Indian journal of veterinary science and animal husbandry - Volumes 26-27, 1956-1957
Year: 1956
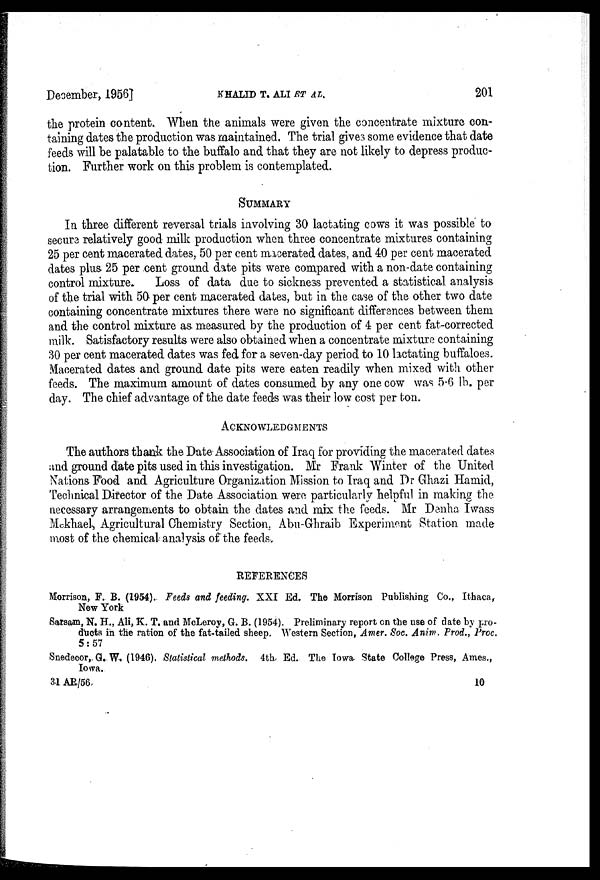
December, 1956]
KHALID
T.
ALI
ET
AL.
201
the protein content. When the animals were given the concentrate mixture con-
taining dates the production was maintained. The trial gives some evidence that date
feeds will be palatable to the buffalo and that they are not likely to depress produc-
tion. Further work on this problem is contemplated.
SUMMARY
In three different reversal trials involving 30 lactating cows it was possible to
secure relatively good milk production when three concentrate mixtures containing
25 per cent macerated dates, 50 per cent macerated dates, and 40 per cent macerated
dates plus 25 per cent ground date pits were compared with a non.date containing
control mixture. Loss of data due to sickness prevented a statistical analysis
of the trial with 50 per cent macerated dates, but in the case of the other two date
containing concentrate mixtures there were no significant differences between them
and the control mixture as measured by the production of 4 per cent fat-corrected
milk. Satisfactory results were also obtained when a concentrate mixture containing
30 per cent macerated dates was fed for a seven-day period to 10 lactating buffaloes.
Macerated dates and ground date pits were eaten readily when mixed with other
feeds. The maximum amount of dates consumed by any one cow was 5.6 lb. per
day. The chief advantage of the date feeds was their low cost per ton.
ACKNOWLEDGMENTS
The authors thank the Date Association of Iraq for providing the macerated dates
and ground date pits used in this investigation. Mr Frank Winter of the United
Nations Food and Agriculture Organization Mission to Iraq and Dr Ghazi Hamid,
Technical Director of the Date Association were particularly helpful in making the
necessary arrangements to obtain the dates and mix the feeds. Mr Denha Iwass
Mekhael, Agricultural Chemistry Section, Abu-Ghraib Experiment Station made
most of the chemical analysis of the feeds.
REFERENCES
Morrison, F. B. (1954). Feeds and feeding. XXI Ed. The Morrison Publishing Co., Ithaca,
New York
Sarsam, N. H., Ali, K. T., and McLeroy, G. B. (1954). Preliminary report on the use of date by pro-
ducts in the ration of the fat-tailed sheep. Western Section, Amer. Soc. Anim. Prod., Proc.
5:57
Snedecor, G. W. (1946). Statistical methods. 4th Ed. The Iowa State College Press, Ames.,
Iowa.
31 AR/56.
10